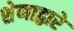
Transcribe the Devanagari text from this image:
शेणाद्वारे